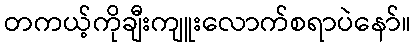
တကယ့်ကိုချီးကျူးလောက်စရာပဲနော်။